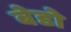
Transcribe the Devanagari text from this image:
बेडो